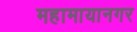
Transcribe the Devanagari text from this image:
महामायानगर